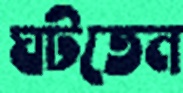
ঘটতেন